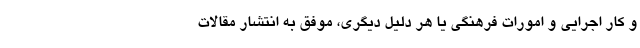
و کار اجرایی و امورات فرهنگی یا هر دلیل دیگری، موفق به انتشار مقالات